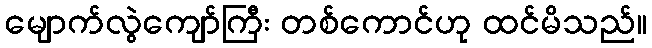
မျောက်လွဲကျော်ကြီး တစ်ကောင်ဟု ထင်မိသည်။